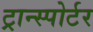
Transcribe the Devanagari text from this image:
ट्रान्स्पोर्टर